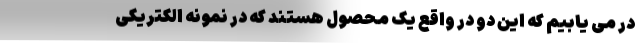
در می یابیم که این دو در واقع یک محصول هستند که در نمونه الکتریکی